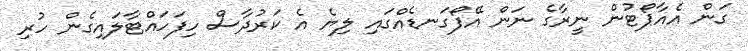
ގަން އެއާޕޯޓުން ނީރާގެ ނަން އޭފޯގަނޑެއްގައި ލިޔެ އެ ކަރުދާސް ހިފަހައްޓާލައިގެން ހުރި